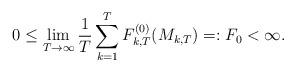
LaTeX: \begin{align*}0\leq \lim_{T\to\infty}\frac{1}{T}\sum_{k=1}^T F^{(0)}_{k,T}(M_{k,T}) =: F_0 < \infty.\end{align*}